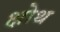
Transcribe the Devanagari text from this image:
क्षोथ